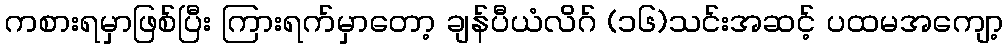
ကစားရမှာဖြစ်ပြီး ကြားရက်မှာတော့ ချန်ပီယံလိဂ် (၁၆)သင်းအဆင့် ပထမအကျော့